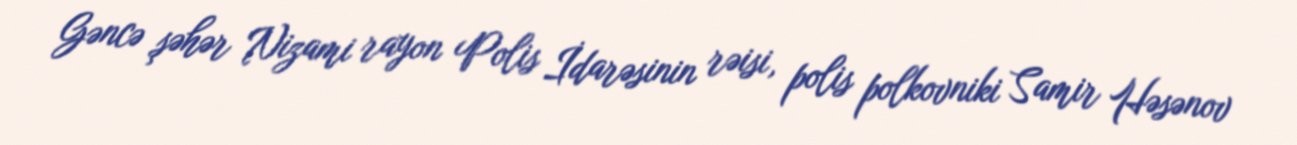
Gəncə şəhər Nizami rayon Polis İdarəsinin rəisi, polis polkovniki Samir Həsənov